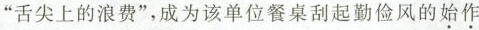
”舌尖上的浪费”，成为该单位餐桌刮起勤俭风的\underset{·}{始}\underset{·}{作}